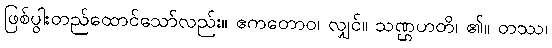
ဖြစ်ပွါးတည်ထောင်သော်လည်း။ ဧကတောဝ၊ လျှင်။ သဏ္ဌဟတိ၊ ၏။ တဿ၊